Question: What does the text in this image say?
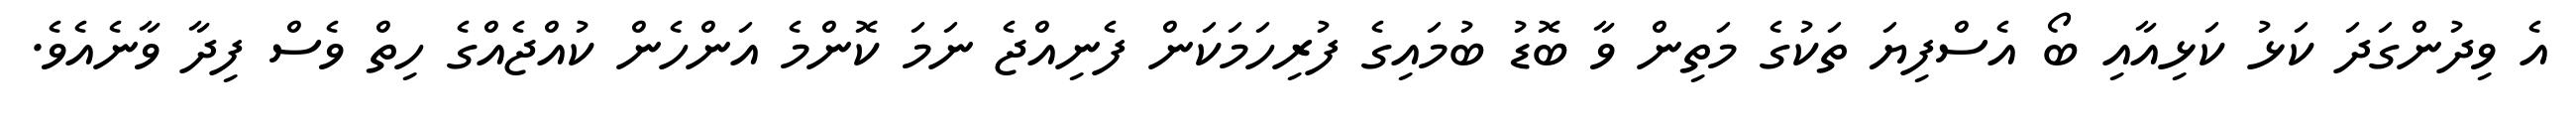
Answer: އެ ވިދުންގަދަ ކަޅު ކަޅިއާއި ބޯ އެސްފިޔަ ތަކުގެ މަތިން ވާ ބޮޑު ބުމައިގެ ފުރިހަމަކަން ފެނިއްޖެ ނަމަ ކޮންމެ އަންހެން ކުއްޖެއްގެ ހިތް ވެސް ފިދާ ވާނެއެވެ.